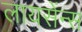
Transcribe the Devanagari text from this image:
लायसेंन्स